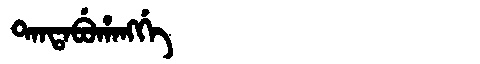
Manchu: ᡨᠠᠨᡨᠠᠪᡠᡥᠠᠩᡤᡝ
Romanization: TANTABUHANGGE